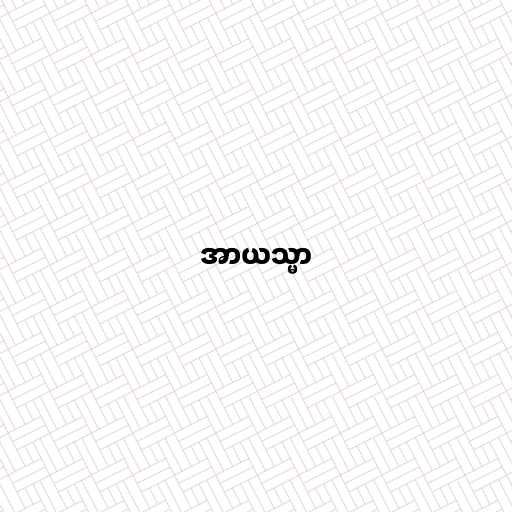
အာယသ္မာ